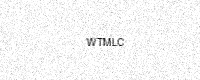
Text: WTMLC